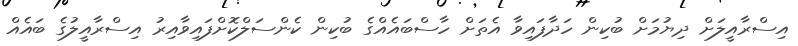
އިސްރާއީލަށް ދިޔުމަށް ބުކިން ހަދާފައިވާ އެތަށް ހާސްބައެއްގެ ބުކިން ކެންސަލްކޮށްފައިވާއިރު އިސްރާއީލުގެ ބައެއް